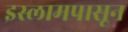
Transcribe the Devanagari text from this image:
इस्लामपासून